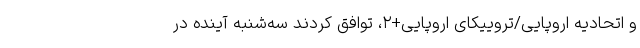
و اتحادیه اروپایی/تروییکای اروپایی+۲، توافق کردند سه‌شنبه آینده در